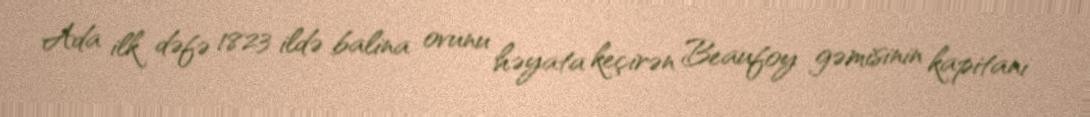
Ada ilk dəfə 1823 ildə balina ovunu həyata keçirən Beaufoy gəmisinin kapitanı